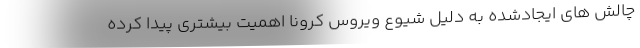
چالش های ایجادشده به دلیل شیوع ویروس کرونا اهمیت بیشتری پیدا کرده